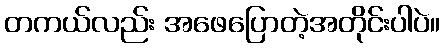
တကယ်လည်း အဖေပြောတဲ့အတိုင်းပါပဲ။